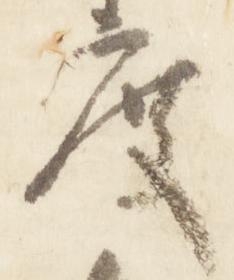
度